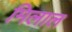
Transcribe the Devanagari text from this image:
मिलाल